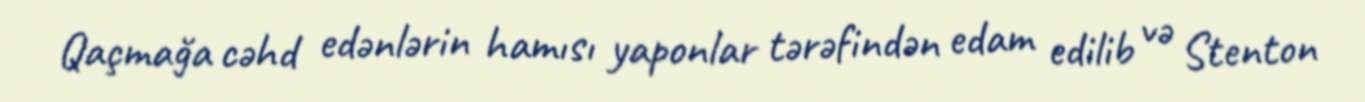
Qaçmağa cəhd edənlərin hamısı yaponlar tərəfindən edam edilib və Stenton